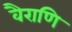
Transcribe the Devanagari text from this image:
वैराणि